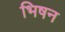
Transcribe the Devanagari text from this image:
भिषन